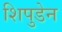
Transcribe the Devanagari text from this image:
शिपुडेन